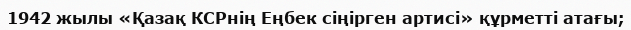
1942 жылы «Қазақ КСРнің Еңбек сіңірген артисі» құрметті атағы;